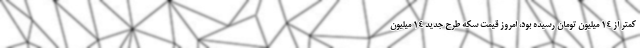
کمتر از 14 میلیون تومان رسیده بود، امروز قیمت سکه طرح جدید 14 میلیون